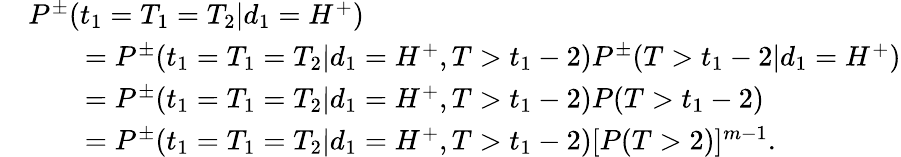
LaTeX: \begin{array}{rl}&{P^{\pm}(t_{1}=T_{1}=T_{2}|d_{1}=H^{+})}\\ &{\qquad=P^{\pm}(t_{1}=T_{1}=T_{2}|d_{1}=H^{+},T>t_{1}-2)P^{\pm}(T>t_{1}-2|d_{1}=H^{+})}\\ &{\qquad=P^{\pm}(t_{1}=T_{1}=T_{2}|d_{1}=H^{+},T>t_{1}-2)P(T>t_{1}-2)}\\ &{\qquad=P^{\pm}(t_{1}=T_{1}=T_{2}|d_{1}=H^{+},T>t_{1}-2)[P(T>2)]^{m-1}.}\end{array}